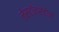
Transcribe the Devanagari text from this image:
लेस्टॉनस्टोन